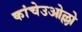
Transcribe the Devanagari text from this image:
कांचेउओल्लो